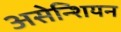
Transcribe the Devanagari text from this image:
असेन्शियन